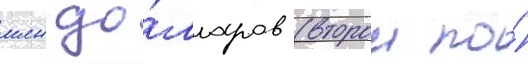
млн до́лларов (второи по́